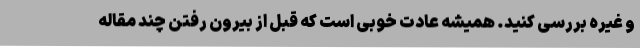
و غیره بررسی کنید. همیشه عادت خوبی است که قبل از بیرون رفتن چند مقاله